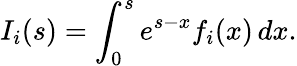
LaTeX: I_{i}(s)=\int_{0}^{s}e^{s-x}f_{i}(x)\, dx.